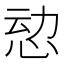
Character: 𮲄